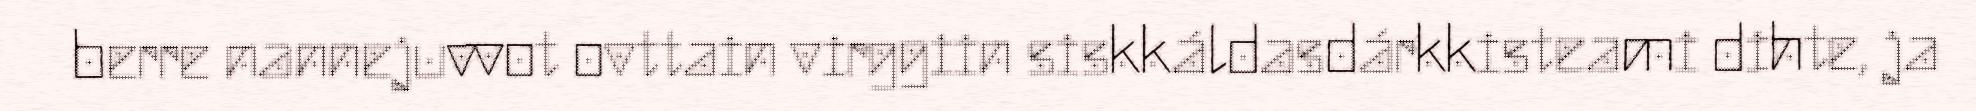
berre nannejuvvot ovttain virggiin siskkáldasdárkkisteami dihte, ja